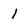
Character: I